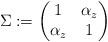
LaTeX: \begin{align*}\Sigma := \begin{pmatrix} 1 & \alpha_z \\ \alpha_z & 1 \end{pmatrix}\end{align*}